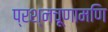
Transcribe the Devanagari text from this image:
प्रश्नचूणामणि